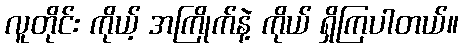
လူတိုင်း ကိုယ့် အကြိုက်နဲ့ ကိုယ် ရှိကြပါတယ်။